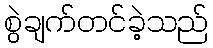
စွဲချက်တင်ခဲ့သည်